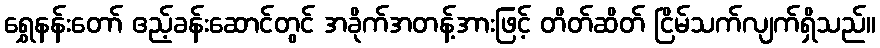
ရွှေနန်းတော် ဧည့်ခန်းဆောင်တွင် အခိုက်အတန့်အားဖြင့် တိတ်ဆိတ် ငြိမ်သက်လျက်ရှိသည်။